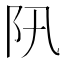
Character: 阠